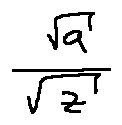
\frac { \sqrt { a } } { \sqrt { z } }